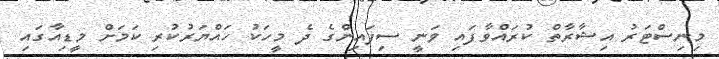
މިނިސްޓަރު އިޝާރާތް ކުރައްވާފައި ވަނީ ސިފައިންގެ ދެ މީހަކު ހައްޔަރުކުރި ކަމަށް މީޑިއާގައި